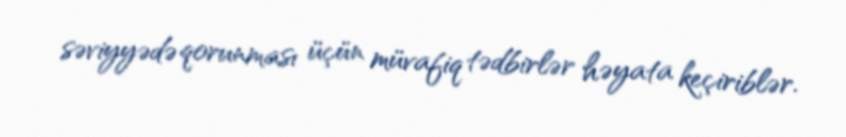
səviyyədə qorunması üçün müvafiq tədbirlər həyata keçiriblər.